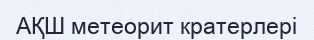
АҚШ метеорит кратерлері